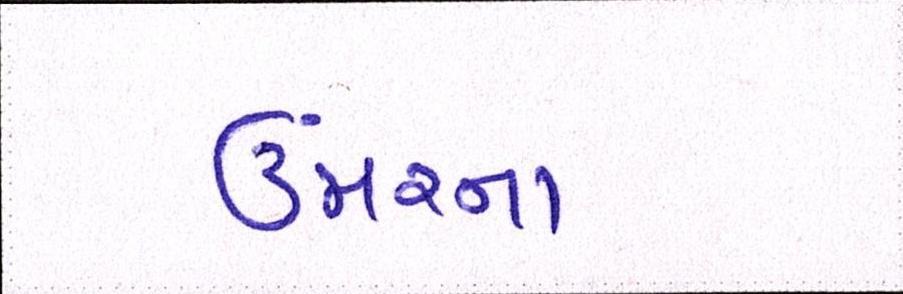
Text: ઉંમરના